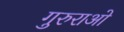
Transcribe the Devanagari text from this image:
गुरुराओ